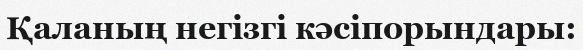
Қаланың негізгі кәсіпорындары: